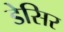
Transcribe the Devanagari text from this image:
डेसिर